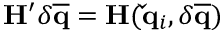
\mathbf { H } ^ { \prime } \delta \mathbf { \overline { { q } } } = \mathbf { H } ( \mathbf { \check { q } } _ { i } , \delta \mathbf { \overline { { q } } } )